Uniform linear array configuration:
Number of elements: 48
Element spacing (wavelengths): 0.5
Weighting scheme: exponential
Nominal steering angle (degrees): -30
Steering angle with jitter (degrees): -30.292
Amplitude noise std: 0.05
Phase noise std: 0.05

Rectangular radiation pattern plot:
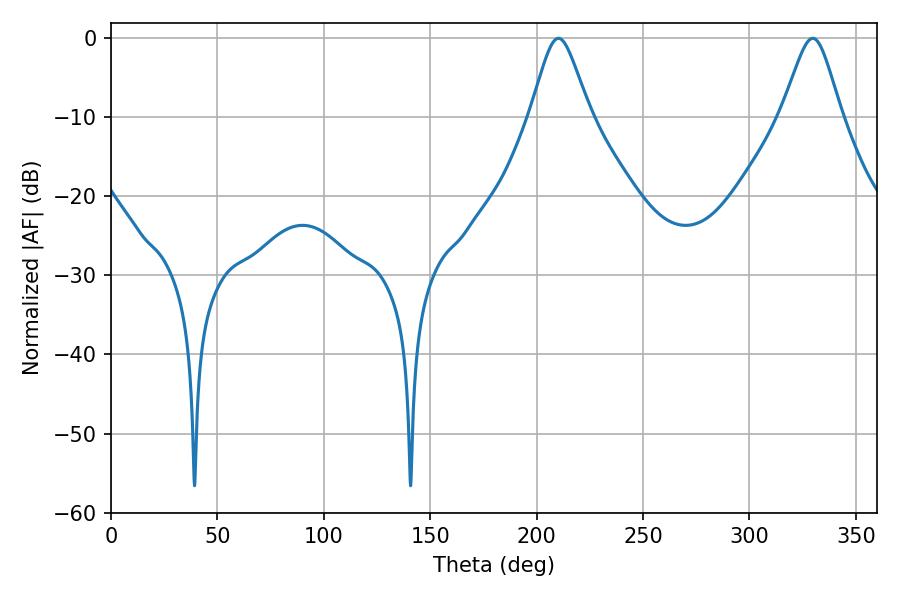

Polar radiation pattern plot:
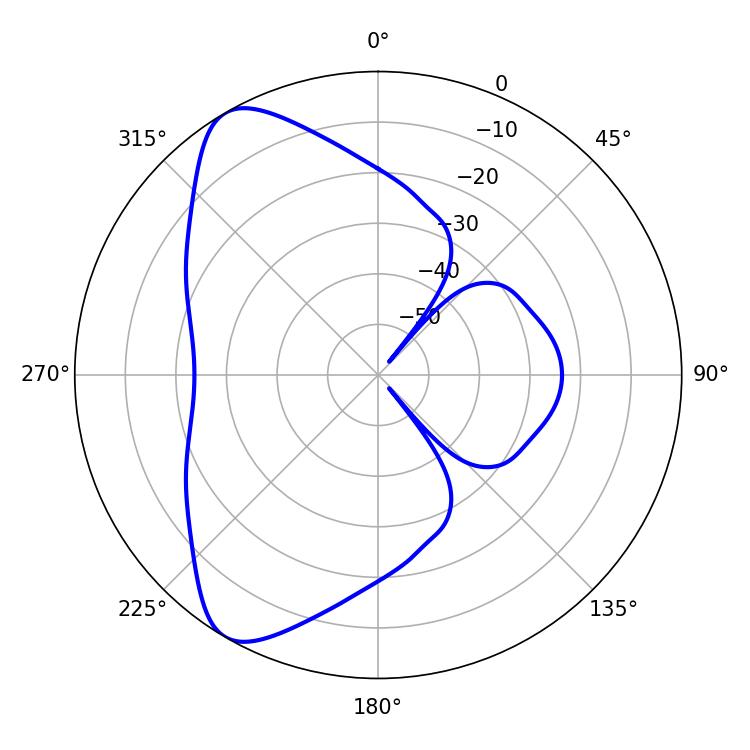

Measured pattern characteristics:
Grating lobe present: FALSE
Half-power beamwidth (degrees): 13.5
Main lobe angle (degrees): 210.24